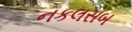
નકલસબ